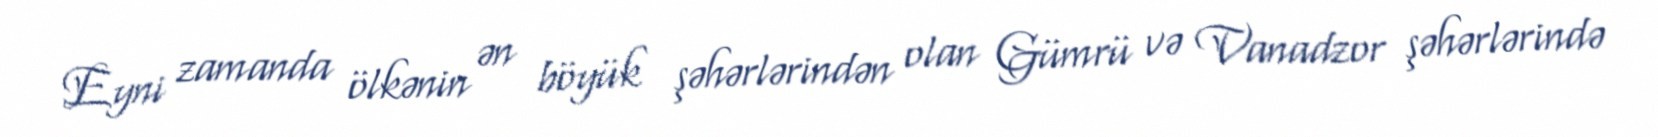
Eyni zamanda ölkənin ən böyük şəhərlərindən olan Gümrü və Vanadzor şəhərlərində